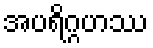
အပရိဂ္ဂဟဿ